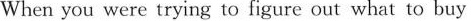
When you were trying to figare out what to buy